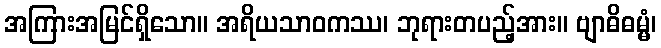
အကြားအမြင်ရှိသော။ အရိယသာဝကဿ၊ ဘုရားတပည့်အား။ ဗျာဓိဓမ္မံ၊